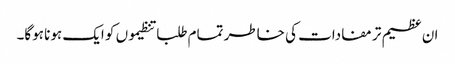
ان عظیم تر مفادات کی خاطر تمام طلبا تنظیموں کو ایک ہونا ہوگا۔